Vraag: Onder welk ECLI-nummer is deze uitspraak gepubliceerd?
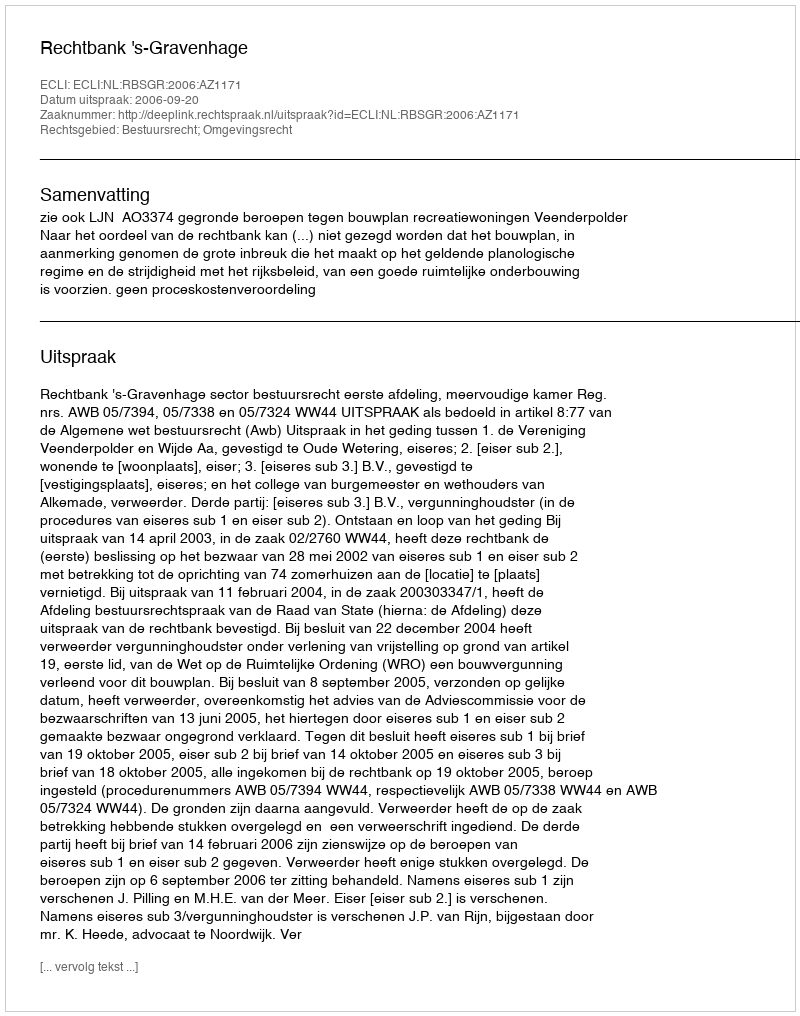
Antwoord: ECLI:NL:RBSGR:2006:AZ1171